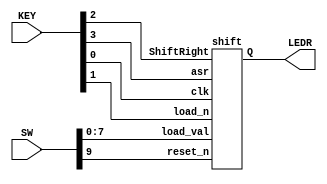
//Shifter circuit with arithmetic shift and parallel assignment options

//inputs
//SW[7:0]:		input value
//SW[9]:		reset (active low)
//KEY[0]:		clock (active low)
//KEY[1]:		parallel load (active low)
//KEY[2]:		shift right (active low)
//KEY[3]:		ASR (arithmetic shift) (active low)

//LEDR[7:0]:	shifted output


module shifter(SW, KEY, LEDR);
	input [9:0] SW;
	input [3:0] KEY;
	output [7:0] LEDR;
	
	shift s0(
			.load_val(SW[7:0]),
			.asr(KEY[3]),
			.ShiftRight(KEY[2]),
			.load_n(KEY[1]),
			.clk(KEY[0]),
			.reset_n(SW[9]),
			.Q(LEDR[7:0])
			);
			
endmodule

module shift(load_val, asr, ShiftRight, load_n, clk, reset_n, Q);
	input [7:0] load_val;
	input load_n, ShiftRight, asr, clk, reset_n;
	output [7:0] Q;
	
	first_shifter_bit s1( 					//necessary for the ASR option
					.load_val(load_val[7]),
					.asr(asr),
					.shift(ShiftRight),
					.load_n(load_n),
					.clk(clk),
					.reset_n(reset_n),
					.out(Q[7])
					);
					
	shifter_bit s2(
					.load_val(load_val[6]),
					.in(Q[7]),
					.shift(ShiftRight),
					.load_n(load_n),
					.clk(clk),
					.reset_n(reset_n),
					.out(Q[6])
					);
					
	shifter_bit s3(
					.load_val(load_val[5]),
					.in(Q[6]),
					.shift(ShiftRight),
					.load_n(load_n),
					.clk(clk),
					.reset_n(reset_n),
					.out(Q[5])
					);
					
	shifter_bit s4(
					.load_val(load_val[4]),
					.in(Q[5]),
					.shift(ShiftRight),
					.load_n(load_n),
					.clk(clk),
					.reset_n(reset_n),
					.out(Q[4])
					);
					
	shifter_bit s5(
					.load_val(load_val[3]),
					.in(Q[4]),
					.shift(ShiftRight),
					.load_n(load_n),
					.clk(clk),
					.reset_n(reset_n),
					.out(Q[3])
					);
					
	shifter_bit s6(
					.load_val(load_val[2]),
					.in(Q[3]),
					.shift(ShiftRight),
					.load_n(load_n),
					.clk(clk),
					.reset_n(reset_n),
					.out(Q[2])
					);
					
	shifter_bit s7(
					.load_val(load_val[1]),
					.in(Q[2]),
					.shift(ShiftRight),
					.load_n(load_n),
					.clk(clk),
					.reset_n(reset_n),
					.out(Q[1])
					);
					
	shifter_bit s8(
					.load_val(load_val[0]),
					.in(Q[1]),
					.shift(ShiftRight),
					.load_n(load_n),
					.clk(clk),
					.reset_n(reset_n),
					.out(Q[0])
					);

endmodule	

module first_shifter_bit(load_val, asr, shift, load_n, clk, reset_n, out);
	input load_val, asr, shift, load_n, clk, reset_n;
	output out;
	
	wire data_from_other_mux;
	wire data_to_dff;
	
	mux2to1 M1(
				.x(out), //parallel load value
				.y(out & asr),
				.s(shift),
				.m(data_from_other_mux) //outputs to flipflop
				);
				
	mux2to1 M2(
				.x(load_val), //parallel load value
				.y(data_from_other_mux),
				.s(load_n),
				.m(data_to_dff) //outputs to flipflop
				);
				
	flipflop F0(
				.d(data_to_dff), //input to flipflop
				.clk(clk),
				.reset_n(reset_n), //synchronous active low reset
				.Q(out) //output from flipflop
				);
	
endmodule	

module shifter_bit(load_val, in, shift, load_n, clk, reset_n, out);
	input load_val, in, shift, load_n, clk, reset_n;
	output out;
	
	wire data_from_other_mux;
	wire data_to_dff;
	
	mux2to1 M1(
				.x(out), //parallel load value
				.y(in),
				.s(shift),
				.m(data_from_other_mux) //outputs to flipflop
				);
				
	mux2to1 M2(
				.x(load_val), //parallel load value
				.y(data_from_other_mux),
				.s(load_n),
				.m(data_to_dff) //outputs to flipflop
				);
				
	flipflop F0(
				.d(data_to_dff), //input to flipflop
				.clk(clk),
				.reset_n(reset_n), //synchronous active low reset
				.Q(out) //output from flipflop
				);
	
endmodule	
	
module flipflop(d, clk, reset_n, Q);
	input d, clk, reset_n;
	output Q;
	reg Q;
	
	always @(posedge clk)
	
	begin
		if (reset_n == 1'b0)
			Q <= 0;
		else
			Q <= d;
	end
endmodule
	

module mux2to1(x, y, s, m);
    input x; //selected when s is 0
    input y; //selected when s is 1
    input s; //select signal
    output m; //output
  
    assign m = s & y | ~s & x;
    // OR
    // assign m = s ? y : x;

endmodule